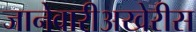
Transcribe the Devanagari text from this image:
जानेवारीअखेरीस